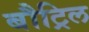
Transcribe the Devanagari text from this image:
बौट्रिल